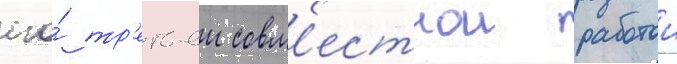
его́ тр'етьеи совм'естнои работои